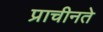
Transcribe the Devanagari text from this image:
प्राचीनते